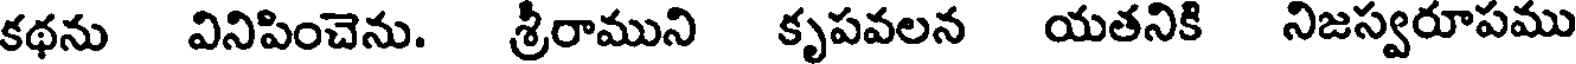
కథను వినిపించెను. శ్రీరాముని కృపవలన యతనికి నిజస్వరూపము